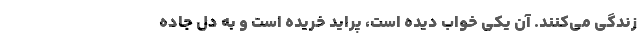
زندگی می‌کنند. آن یکی خواب دیده است، پراید خریده است و به دل جاده